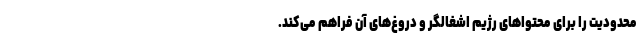
محدودیت را برای محتواهای رژیم اشغالگر و دروغ‌های آن فراهم می‌کند.